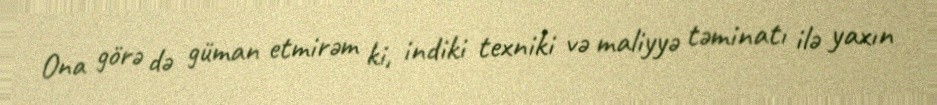
Ona görə də güman etmirəm ki, indiki texniki və maliyyə təminatı ilə yaxın